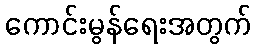
ကောင်းမွန်ရေးအတွက်